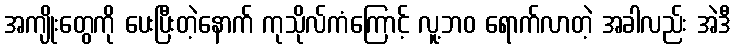
အကျိုးတွေကို ပေးပြီးတဲ့နောက် ကုသိုလ်ကံကြောင့် လူ့ဘဝ ရောက်လာတဲ့ အခါလည်း အဲဒီ